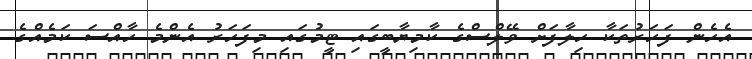
އެހެން ފަހަރުތަކާ ހިލާފަށް ވޭލްސްގެ ކާމިޔާބީގައި ޓީމުގައި މިފަހަރު އެންމެ ހާއްސަ ކަމެއްގެ